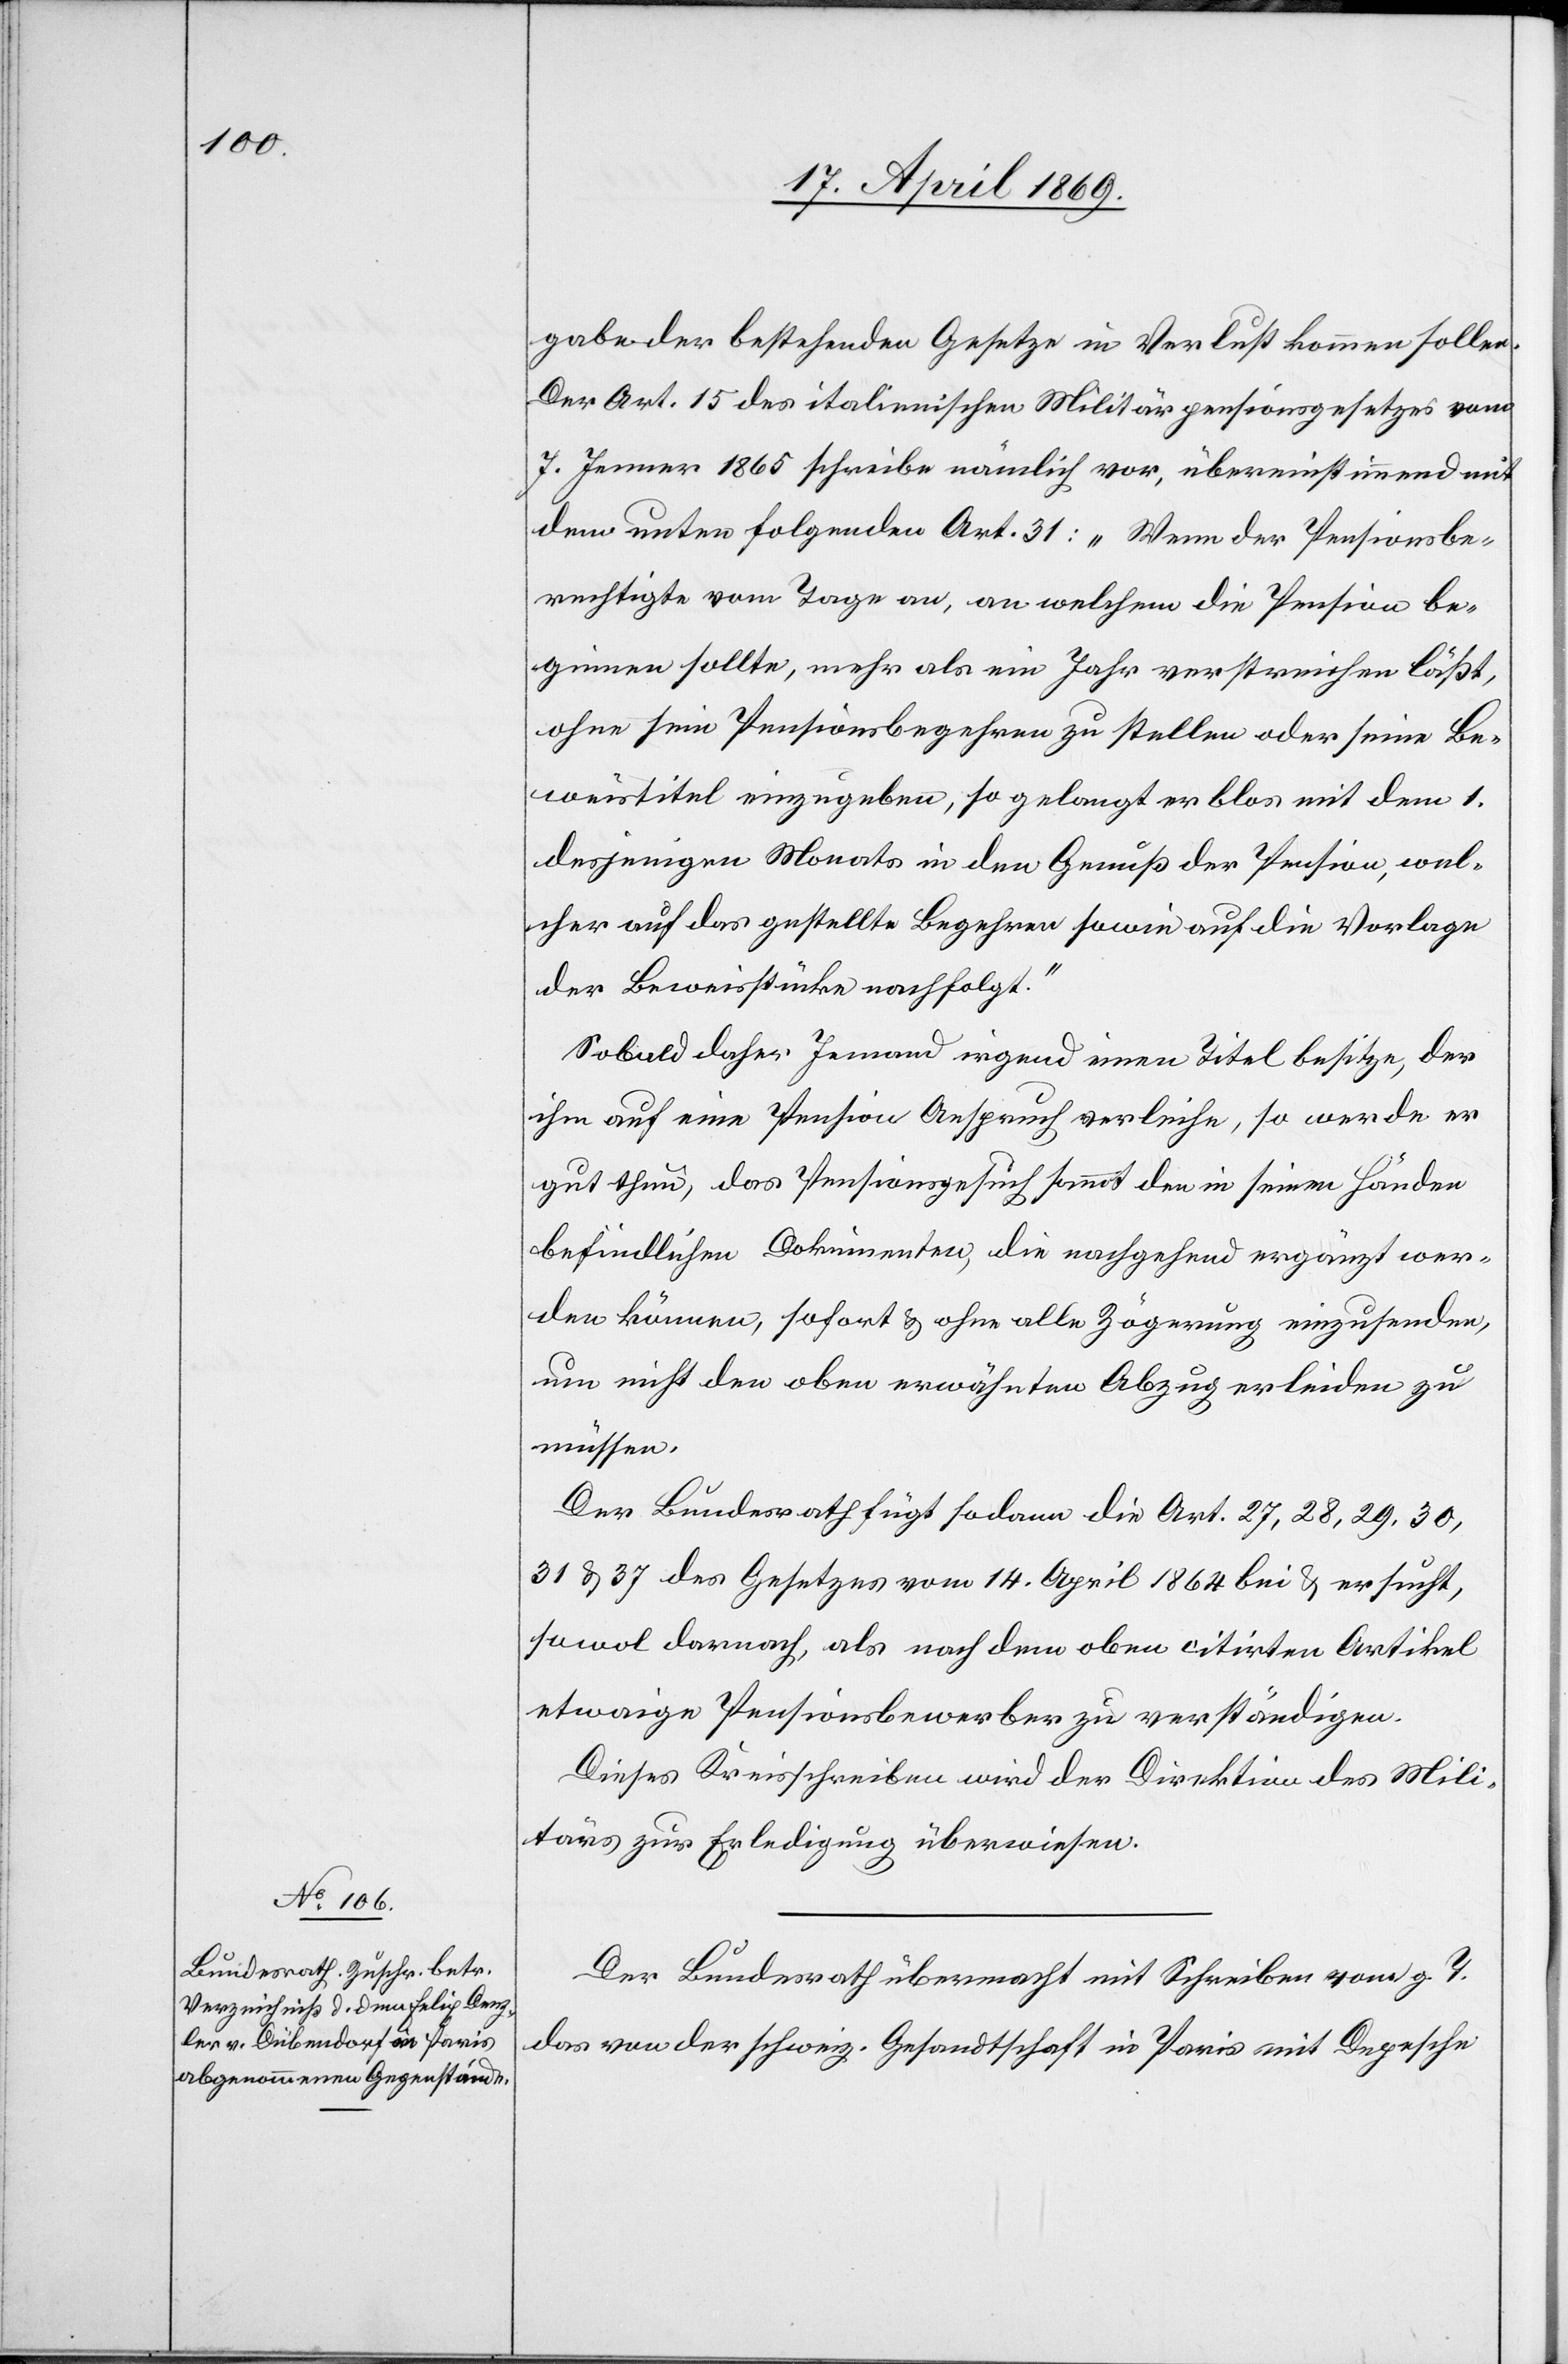
22. April 1869.]
gabe der bestehenden Gesetze in Verlust kommen sollen.
Der Art. 15 des italienischen Militärpensionsgesetzes vom
7. Jenner 1865 schreibe nämlich vor, übereinstimmend mit
dem unten folgenden Art. 31: „Wenn der Pensionsbe¬
rechtigte vom Tage an, an welchem die Pension be¬
ginnen sollte, mehr als ein Jahr verstreichen läßt,
ohne sein Pensionsbegehren zu stellen oder seine Be¬
weistitel einzugeben, so gelangt er blos mit dem 1.
desjenigen Monats in den Genuß der Pension, wel¬
cher auf das gestellte Begehren sowie auf die Vorlage
der Beweisstücke nachfolgt.“
Sobald daher Jemand irgend einen Titel besitze, der
ihm auf eine Pension Anspruch verleihe, so werde er
gut thun, das Pensionsgesuch sammt den in seinen Händen
befindlichen Dokumenten, die nachgehend ergänzt wer¬
den können, sofort u. ohne alle Zögerung einzusenden,
um nicht den oben erwähnten Abzug erleiden zu
müssen.
Der Bundesrath fügt sodann die Art. 27, 28, 29, 30,
31 u. 37 des Gesetzes vom 14. April 1864 bei u. ersucht,
sowol darnach, als nach dem oben citirten Artikel
etwaige Pensionsbewerber zu verständigen.
Dieses Kreisschreiben wird der Direktion des Mili¬
tärs zur Erledigung überwiesen.
Der Bundesrath übermacht mit Schreiben vom g. T.
das von der schweiz. Gesellschaft in Paris mit Depesche